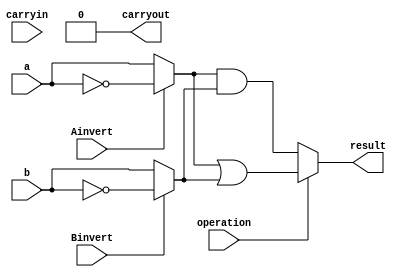
module alu_1bit(
    input a, b, Ainvert, Binvert, carryin, operation,
    output result, carryout
);

wire w1 = (Ainvert == 1'b0) ? a : ~a;
wire w2 = (Binvert == 1'b0) ? b : ~b;

 assign result = (operation == 3'b000) ? (w1 & w2 ):
(operation == 3'b001) ? ( w1 | w2): 
( w1 + w2 + carryin);
        
assign carryout = (operation == 3'b010) ? (w1 + w2 + carryin > 1'b1) : 1'b0;

endmodule